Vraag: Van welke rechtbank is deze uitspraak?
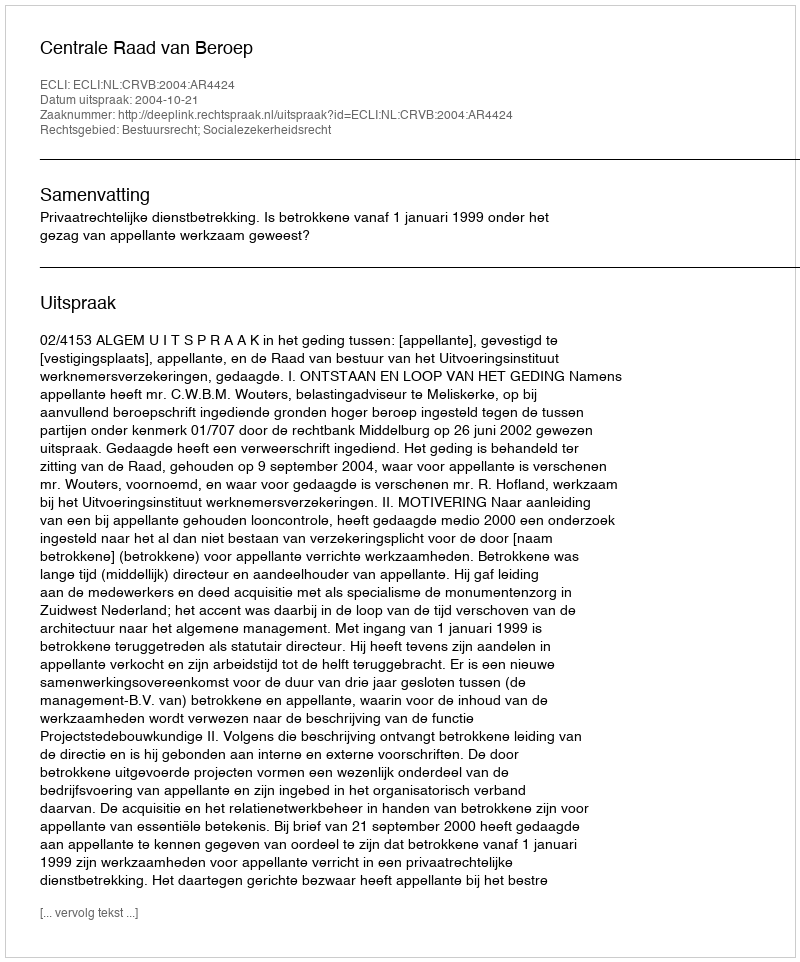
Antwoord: Centrale Raad van Beroep